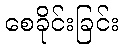
စေခိုင်းခြင်း